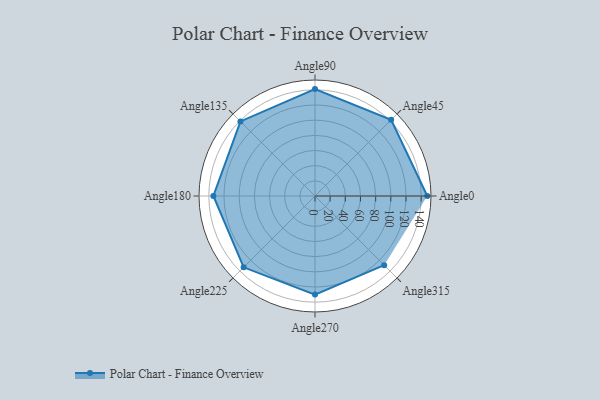
{"axis": {"x": "Angle", "y": "Radius"}, "legend": [""], "data": [{"x": "Angle0", "y": 148.0, "type": ""}, {"x": "Angle45", "y": 142.0, "type": ""}, {"x": "Angle90", "y": 141.0, "type": ""}, {"x": "Angle135", "y": 139.0, "type": ""}, {"x": "Angle180", "y": 134.0, "type": ""}, {"x": "Angle225", "y": 133.0, "type": ""}, {"x": "Angle270", "y": 130.0, "type": ""}, {"x": "Angle315", "y": 129.0, "type": ""}]}